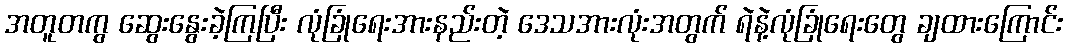
အတူတကွ ဆွေးနွေးခဲ့ကြပြီး လုံခြုံရေးအားနည်းတဲ့ ဒေသအားလုံးအတွက် ရဲနဲ့လုံခြုံရေးတွေ ချထားကြောင်း